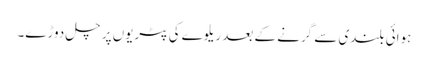
ہوائی بلندی سے گرنے کے بعد ریلوے کی پٹریوں پر چل دوڑے۔